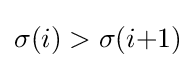
\sigma (i)>\sigma (i{+}1)